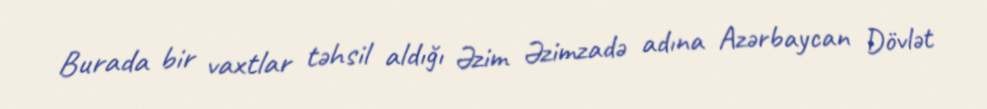
Burada bir vaxtlar təhsil aldığı Əzim Əzimzadə adına Azərbaycan Dövlət